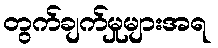
တွက်ချက်မှုများအရ